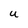
Character: U